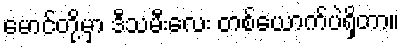
မောင်တို့မှာ ဒီသမီးလေး တစ်ယောက်ပဲရှိတာ။